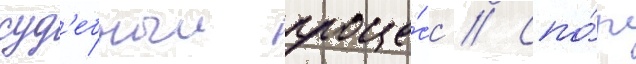
суд'ебныи проце́сс // Спо́р